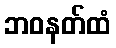
ဘဝနတ်ထံ